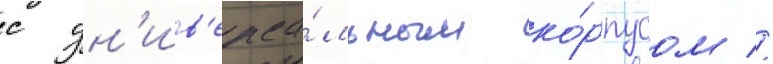
с ун'ив'ерса́льным ко́рпусом //